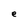
Character: e